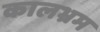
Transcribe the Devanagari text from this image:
कालभ्रम